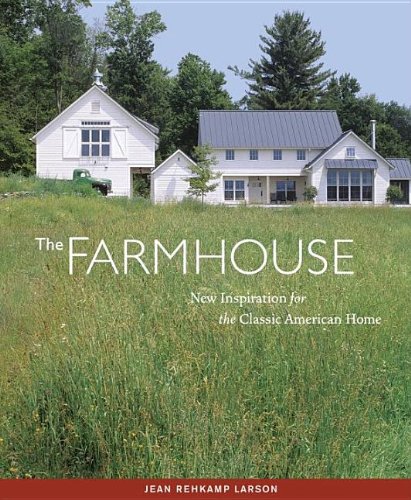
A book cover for The Farmhouse: New Inspiration for the Classic American Home; Jean Rehkamp Larson; Crafts, Hobbies & Home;